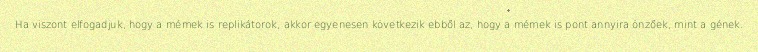
Ha viszont elfogadjuk, hogy a mémek is replikátorok, akkor egyenesen következik ebből az, hogy a mémek is pont annyira önzőek, mint a gének.